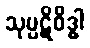
သုပ္ပဋိဝိဒ္ဓါ